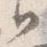
日